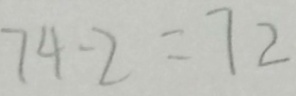
7 4 - 2 = 7 2